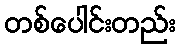
တစ်ပေါင်းတည်း